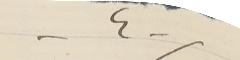
-٤-